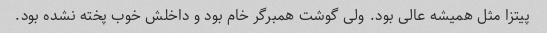
پیتزا مثل همیشه عالی بود‌. ولی گوشت همبرگر خام بود و داخلش خوب پخته نشده بود.